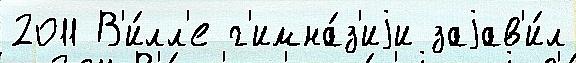
2011 В'и́лл'е г'имна́з'иjи заjав'и́л